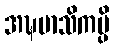
အဍ္ဎမာသိကမ္ပိ